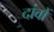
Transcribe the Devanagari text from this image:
दांवों